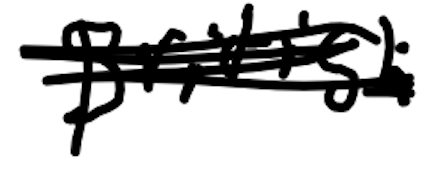
Text: British
Cross-out: scratch
Writing tool: digital_black